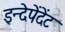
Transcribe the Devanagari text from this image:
इन्देपेंदेंट